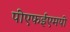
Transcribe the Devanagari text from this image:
पीएफईएमपी